Indian journal of veterinary science and animal husbandry - Volumes 22-23, 1952-1953
Year: 1952
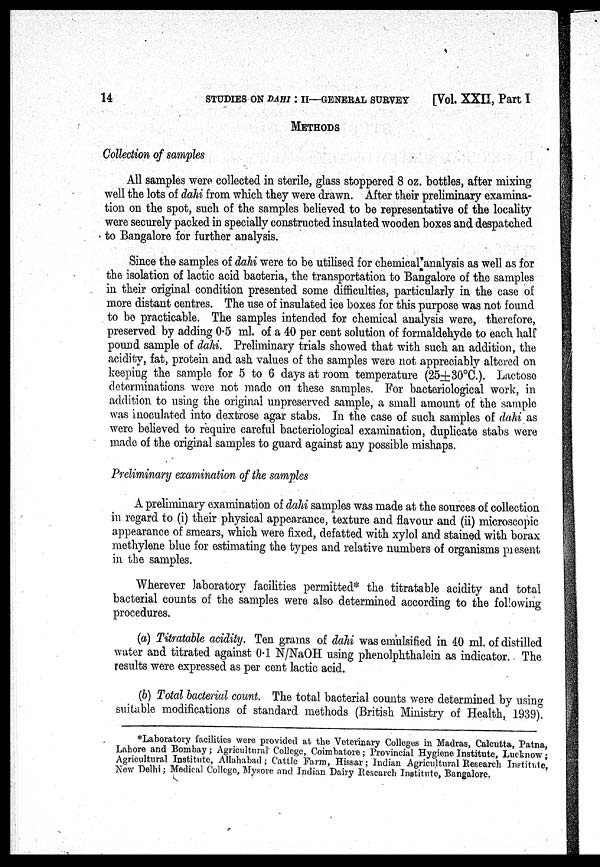
14
STUDIES ON DAHI : II—GENERAL SURVEY
[Vol. XXII, Part I
METHODS
Collection of samples
All samples were collected in sterile, glass stoppered 8 oz. bottles, after mixing
well the lots of dahi from which they were drawn. After their preliminary examina-
tion on the spot, such of the samples believed to be representative of the locality
were securely packed in specially constructed insulated wooden boxes and despatched
to Bangalore for further analysis.
Since the samples of dahi were to be utilised for chemical analysis as well as for
the isolation of lactic acid bacteria, the transportation to Bangalore of the samples
in their original condition presented some difficulties, particularly in the case of
more distant centres. The use of insulated ice boxes for this purpose was not found
to be practicable. The samples intended for chemical analysis were, therefore,
preserved by adding 0.5 ml. of a 40 per cent solution of formaldehyde to each half
pound sample of dahi. Preliminary trials showed that with such an addition, the
acidity, fat, protein and ash values of the samples were not appreciably altered on
keeping the sample for 5 to 6 days at room temperature (25±30°C). Lactose
determinations were not made on these samples. For bacteriological work, in
addition to using the original unpreserved sample, a small amount of the sample
was inoculated into dextrose agar stabs. In the case of such samples of dahi as
were believed to require careful bacteriological examination, duplicate stabs were
made of the original samples to guard against any possible mishaps.
Preliminary examination of the samples
A preliminary examination of dahi samples was made at the sources of collection
in regard to (i) their physical appearance, texture and flavour and (ii) microscopic
appearance of smears, which were fixed, defatted with xylol and stained with borax
methylene blue for estimating the types and relative numbers of organisms present
in the samples.
Wherever laboratory facilities permitted* the titratable acidity and total
bacterial counts of the samples were also determined according to the following
procedures.
(a) Titratable acidity. Ten grams of dahi was emulsified in 40 ml. of distilled
water and titrated against 0.1 N/NaOH using phenolphthalein as indicator. - The
results were expressed as per cent lactic acid.
(b) Total bacterial count. The total bacterial counts were determined by using
suitable modifications of standard methods (British Ministry of Health, 1939).
*Laboratory facilities were provided at the Veterinary Colleges in Madras, Calcutta, Patna,
Lahore and Bombay; Agricultural College, Coimbatore; Provincial Hygiene Institute, Lucknow;
Agricultural Institute, Allahabad; Cattle Farm, Hissar; Indian Agricultural Research Institute,
New Delhi; Medical College, Mysore and Indian Dairy Research Institute, Bangalore.